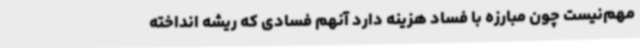
مهم‌نیست چون مبارزه با فساد هزینه دارد آنهم فسادی که ریشه انداخته